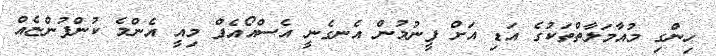
ހިންގި މުއާމަލާތްތަކުގެ އަޑި އަށް ފީނުމުން އެނގެނީ އެސްއޯއެފް މިއީ އެންމެ ކުންފުންޏެއް